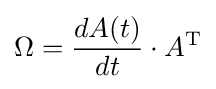
\Omega ={\frac {dA(t)}{dt}}\cdot A^{\text{T}}